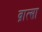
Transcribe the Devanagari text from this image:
व्रात्सा